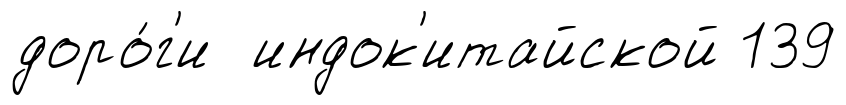
доро́г'и индок'итайской 139